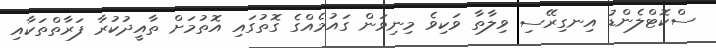
ސްކޮޓްލެންޑު އިނގިރޭސި ވިލާތާ ވަކިވެ މިނިވަން ގައުމެއްގެ ގޮތުގައި އޮތުމަށް ތާއީދުކުރާ ފަރާތްތަކާއި